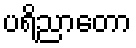
ပရိညာတော